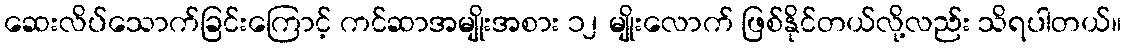
ဆေးလိပ်သောက်ခြင်းကြောင့် ကင်ဆာအမျိုးအစား ၁၂ မျိုးလောက် ဖြစ်နိုင်တယ်လို့လည်း သိရပါတယ်။